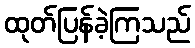
ထုတ်ပြန်ခဲ့ကြသည်